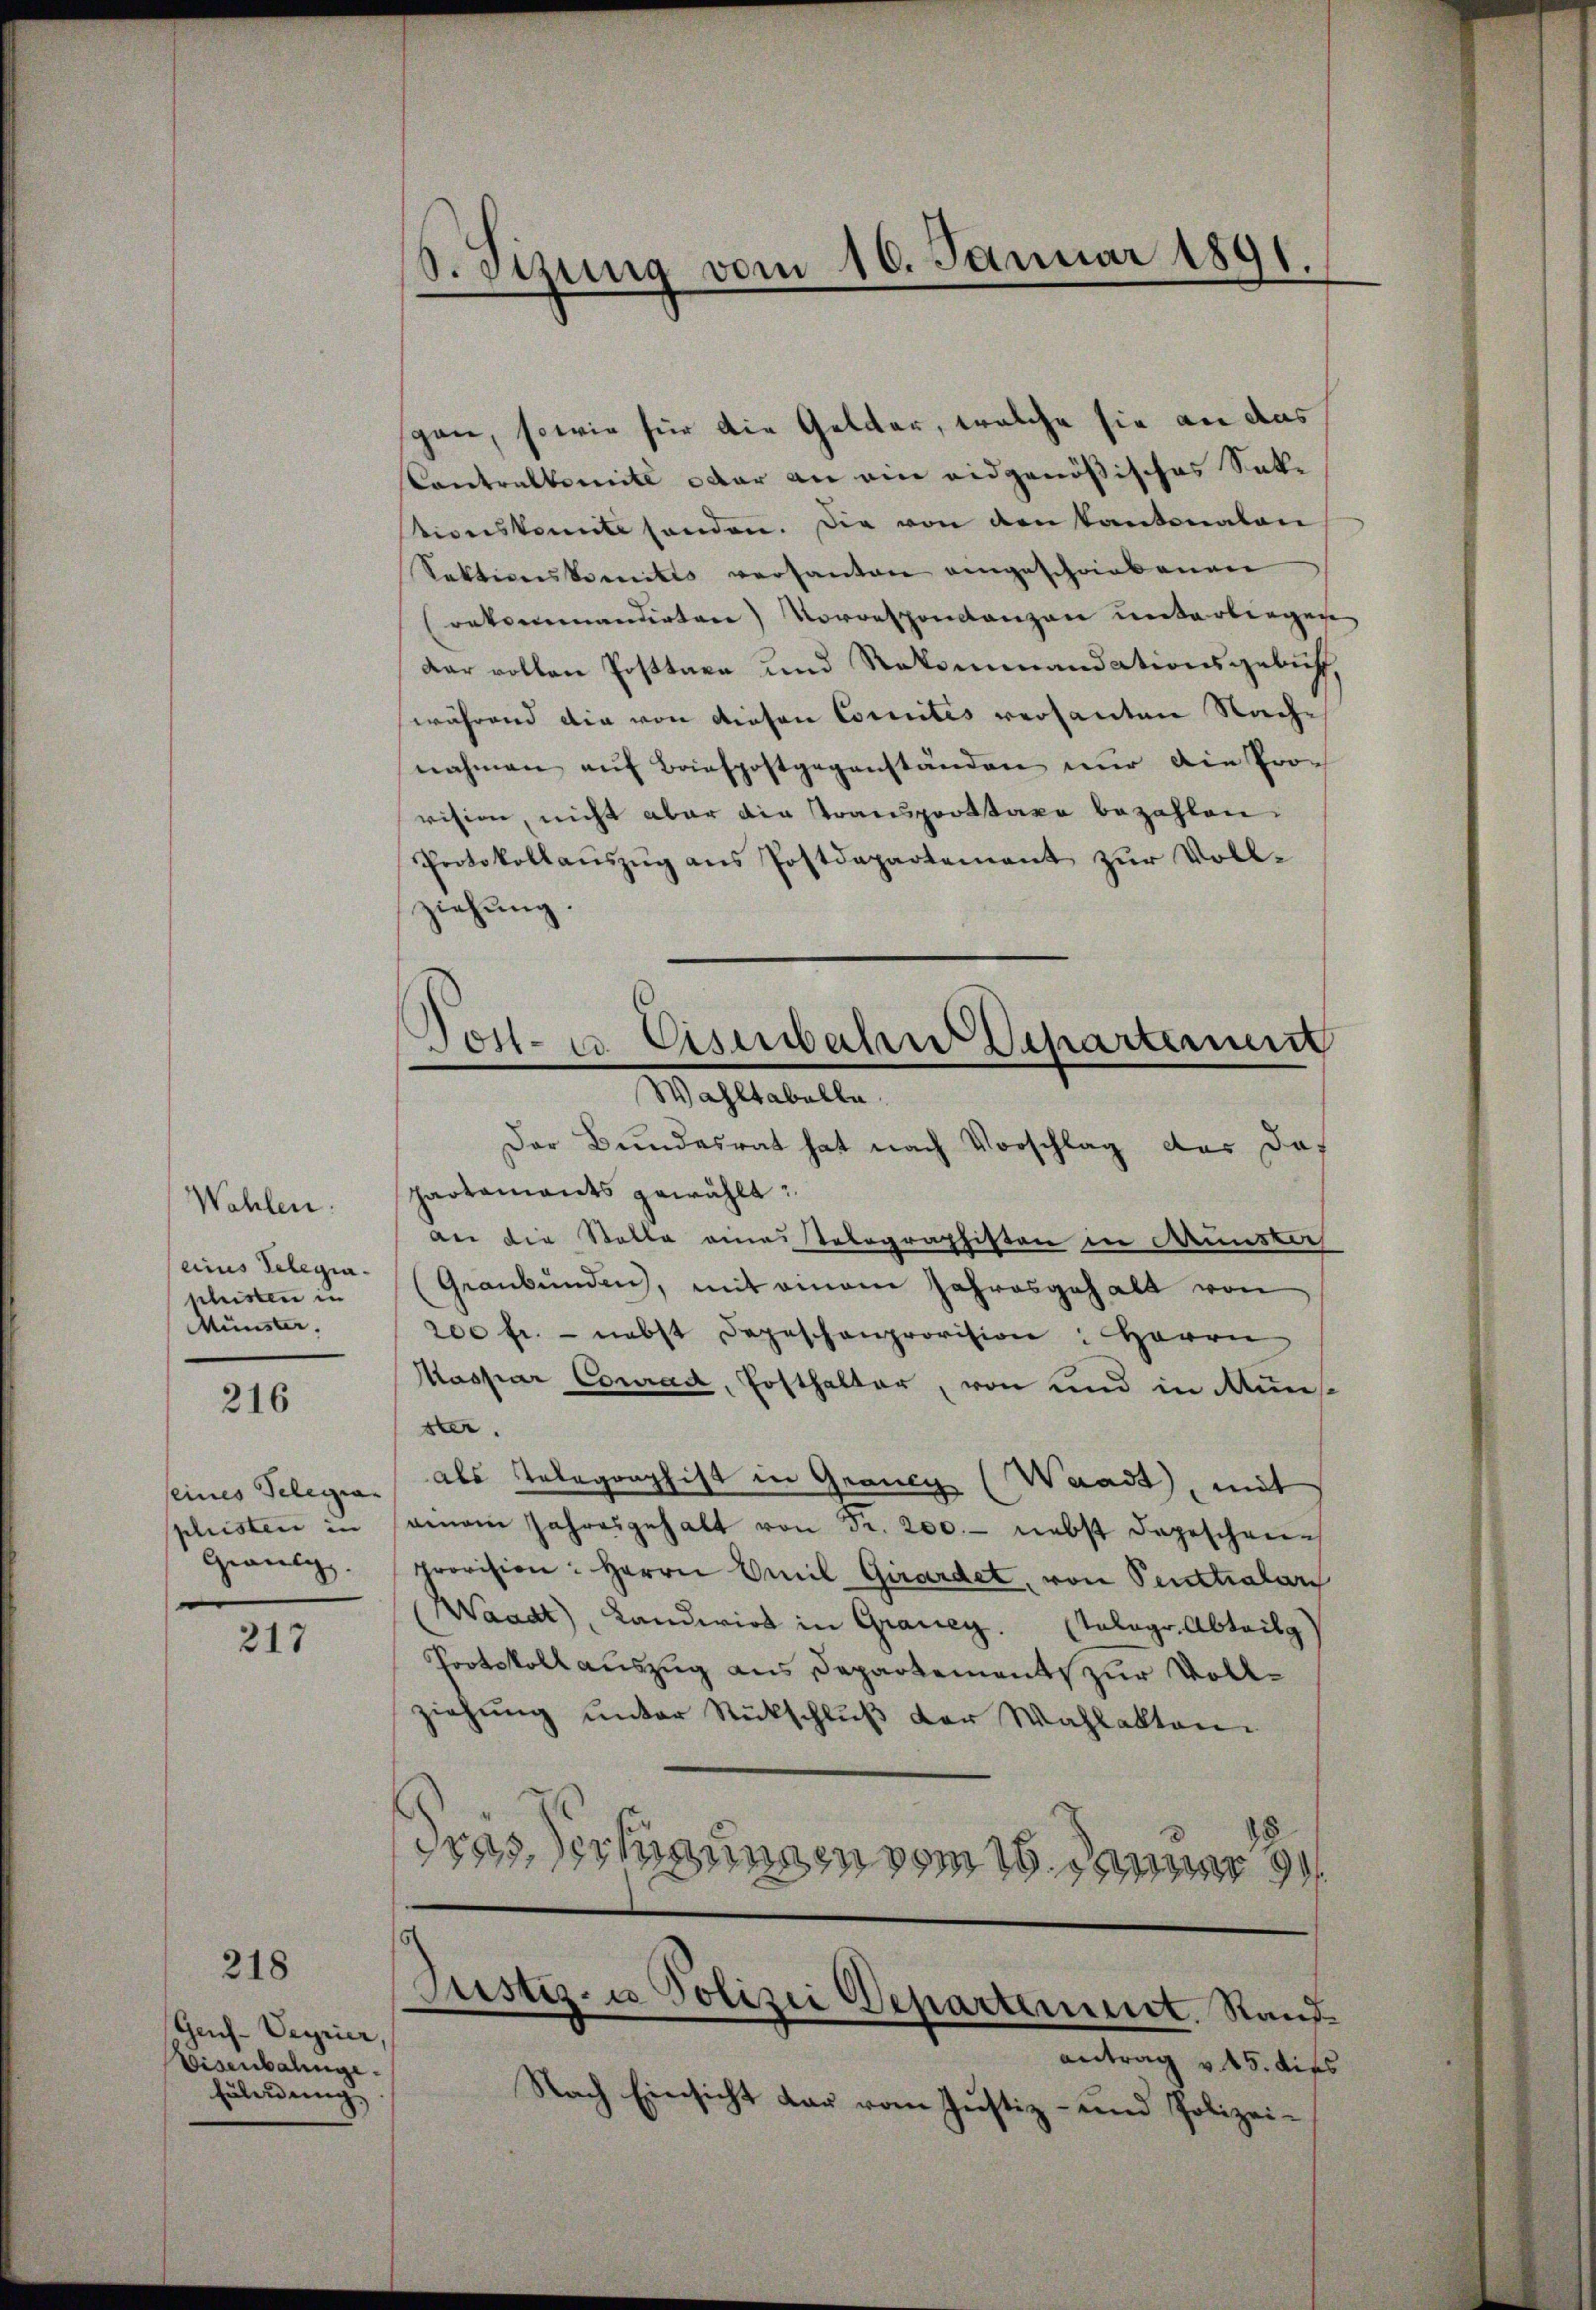
Wahlen.
eins Telegiashisten in
Münster.

216

phristen in
Grausg.

217

218

Geuf-Veyrier,
Eisenbahngefäleidung

S.Sizung vom 10. Januar 1891

gan, sowie für die Gelder, welche sie an das
Contralkomite oder an ein eidgenößisches Sakr
tionskonnte senden. Die von den Kantonalen
Sektionskomites versanten eingeschriebenen
(rekommandirten) Vorrespondenzen unterliegen
dar vollen Posttaxe und Rekommandationsgebüff,
während die von diesen Comites versanten Nachnahmen auf Briefpostgegenständen nur ain Provision, nicht aber die Transportstaxe bezahlen
Protokollaŭszŭg ans Postdepartement zŭr Voll-
ziehung

Vost- u. Eisenbahn Departement
e
Wahltabelle.

Der Bundesrat hat nach Vorschlag das daf
partaments gewählt:
an die Stalle einestelegraphisten in Kunster
(Graubünden, mit einem Jahresgehalt von
200 fr. - nebst Depeschenprovision: Herrn
Maspar Conrad, Posthalter, von und in uns
st.
seines Telegia als Telegraphist in Gränz (Waadt, mit
amam Jahresgehalt von Fr. 200.- nebst depeschene
provision: Herrn Emil Girardet, von Sentialarz
(Waadt, Landwirt in Grauen. (Talagr. Abteilg
Pootskoll auszug aus Departement zur Vollziehung unter Rückschluß der Wahlakten.
Gras, Technungen vom 16. Januar 99.

s
Justiz- u Polizei Departement. Stand¬

antrag v. 15. dies
Nach Einsicht dar vom Justiz- und Polizei¬